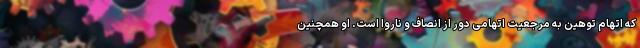
که اتهام توهین به مرجعیت اتهامی دور از انصاف و ناروا است. او همچنین